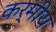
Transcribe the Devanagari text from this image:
कर्मीय